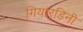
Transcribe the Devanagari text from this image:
गियारडिनी